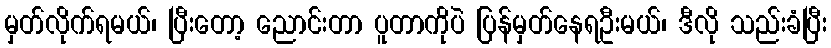
မှတ်လိုက်ရမယ်၊ ပြီးတော့ ညောင်းတာ ပူတာကိုပဲ ပြန်မှတ်နေရဦးမယ်၊ ဒီလို သည်းခံပြီး